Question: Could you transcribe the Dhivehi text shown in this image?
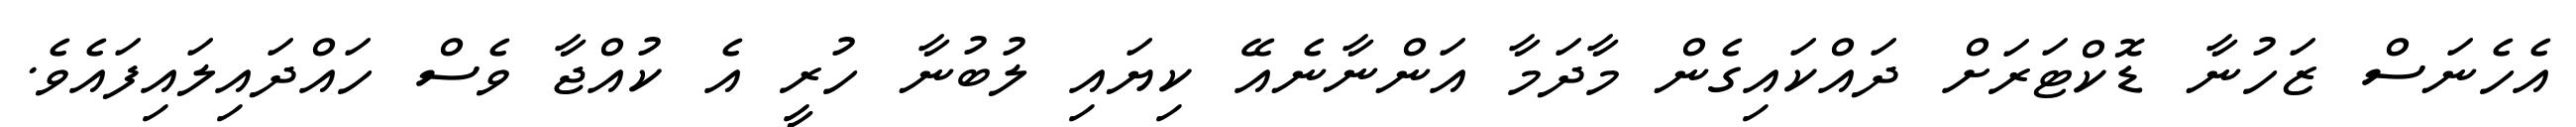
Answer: އެހެނަސް ޒަހުނާ ޑޮކްޓަރަށް ދައްކައިގެން މާދަމާ އަންނާނެއޭ ކިޔައި ލުބުނާ ހުރީ އެ ކުއްޖާ ވެސް ހައްދައިލައިފައެވެ.